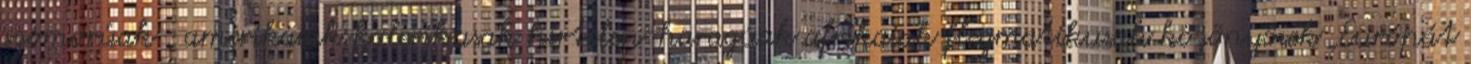
szomorúak , amerikaiak kolerikusak hirtelen-haragúak afrikaiak flegmatikusak közönyösek „Európát